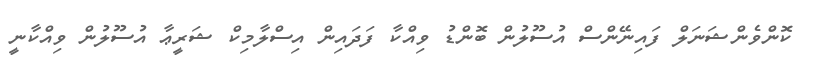
ކޮންވެންޝަނަލް ފައިނޭންސް އުސޫލުން ބޮންޑު ވިއްކާ ފަދައިން އިސްލާމިކް ޝަރީޢާ އުސޫލުން ވިއްކާނީ